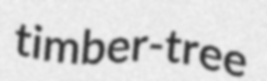
timber-tree